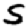
Digit: 5